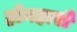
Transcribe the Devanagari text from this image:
होनहारों